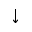
\downarrow